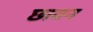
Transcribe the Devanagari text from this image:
छावन